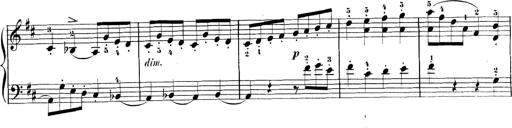
Title: 3 Sonatinen, Op.8
Composer: Isidor Wilhelm Seiss